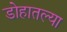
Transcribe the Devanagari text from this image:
डोहातल्या